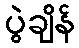
ပွဲချိန်